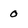
Character: 0